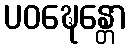
ပဝဍ္ဎေန္တော